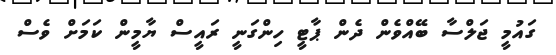
ގައުމީ ޖަލްސާ ބޭއްވެން ދެން ޕާޓީ ހިންގަނީ ރައީސް ޔާމީން ކަމަށް ވެސް